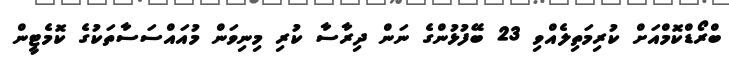
ބްރޯޑްކޮމްއަށް ކުރިމަތިލެއްވި 23 ބޭފުޅުންގެ ނަން ދިރާސާ ކުރި މިނިވަން މުއައްސަސާތަކުގެ ކޮމެޓީން